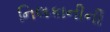
નિલકાનીની